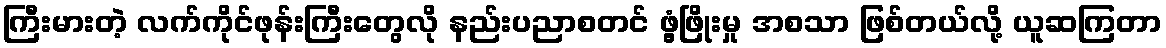
ကြီးမားတဲ့ လက်ကိုင်ဖုန်းကြီးတွေလို နည်းပညာစတင် ဖွံ့ဖြိုးမှု အစသာ ဖြစ်တယ်လို့ ယူဆကြတာ